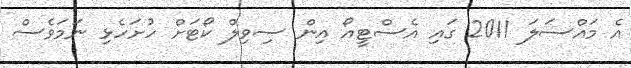
އެ މައްސަލަ 2011 ގައި އެސްޓީއޯ އިން ސިވިލް ކޯޓަށް ހުށަހެޅި ނަމަވެސް